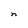
Character: n